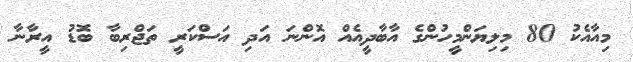
މިއާއެކު 80 މިލިޔަންމީހުންގެ އާބާދީއެއް އޮންނަ އަދި އަސްކަރީ ތަޖްރިބާ ބޮޑު އީރާނާ